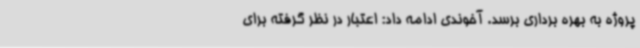
پروژه به بهره برداری برسد. آخوندی ادامه داد: اعتبار در نظر گرفته برای